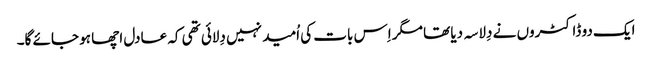
ایک دو ڈاکٹروں نے دِلاسہ دیا تھا مگر اِس بات کی اُمید نہیں دِلائی تھی کہ عادل اچھا ہو جائے گا۔